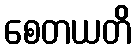
စေတယတိ